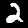
Label: 2